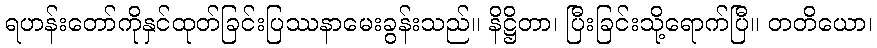
ရဟန်းတော်ကိုနှင်ထုတ်ခြင်းပြဿနာမေးခွန်းသည်။ နိဋ္ဌိတာ၊ ပြီးခြင်းသို့ရောက်ပြီ။ တတိယော၊